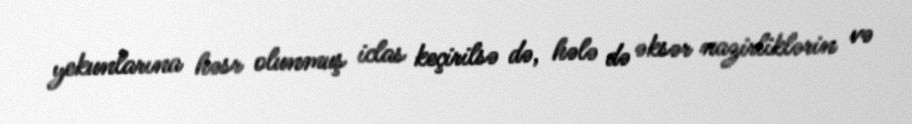
yekunlarına həsr olunmuş iclas keçirilsə də, hələ də əksər nazirliklərin və